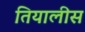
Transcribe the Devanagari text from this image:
तियालीस